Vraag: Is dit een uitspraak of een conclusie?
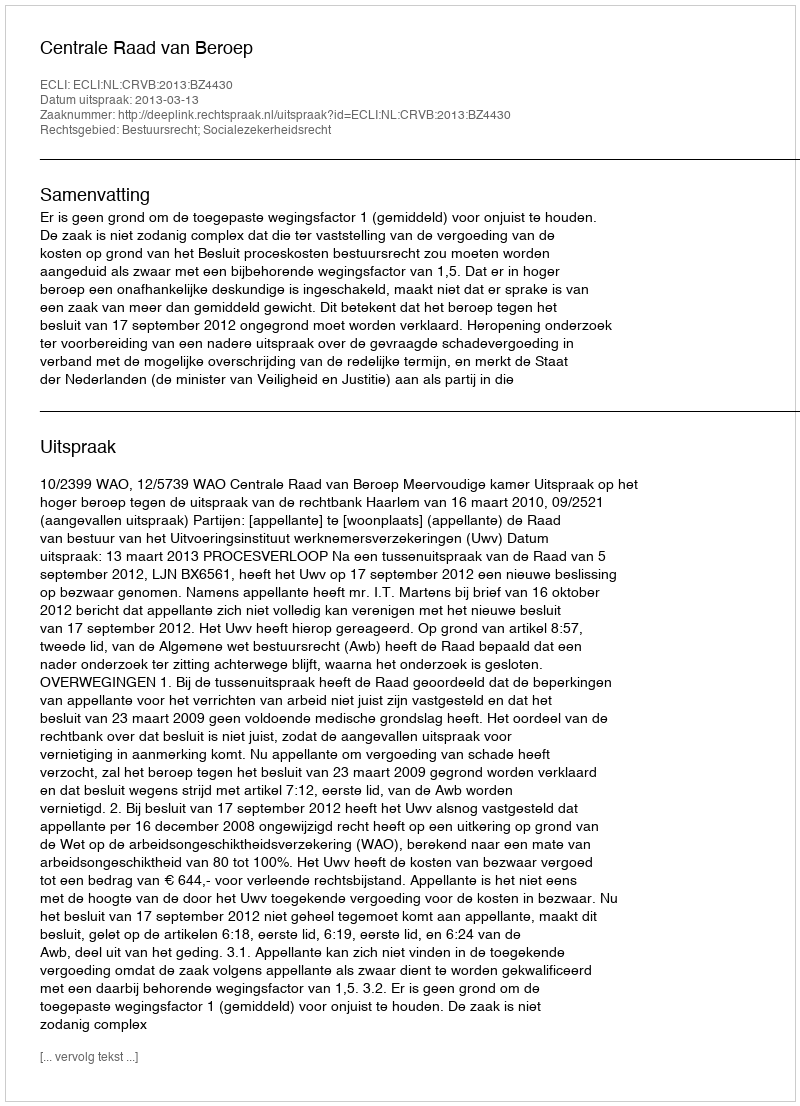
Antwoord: Uitspraak